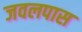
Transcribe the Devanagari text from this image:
जवलपास